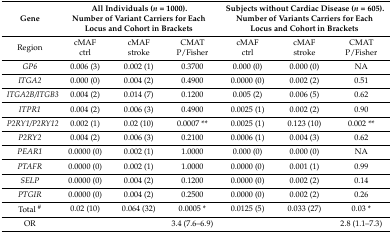
<table><thead><tr><td><b>Gene</b></td><td colspan="3"><b>All Individuals (<i>n</i> = 1000).Number of Variant Carriers for Each Locus and Cohort in Brackets</b></td><td colspan="3"><b>Subjects without Cardiac Disease (<i>n</i> = 605). Number of Variants Carriers for Each Locus and Cohort in Brackets</b></td></tr></thead><tbody><tr><td>Region</td><td>cMAF ctrl</td><td>cMAF stroke</td><td>CMAT P/Fisher</td><td>cMAF ctrl</td><td>cMAF stroke</td><td>CMAT P/Fisher</td></tr><tr><td><i>GP6</i></td><td>0.006 (3)</td><td>0.002 (1)</td><td>0.3700</td><td>0.000 (0)</td><td>0.000 (0)</td><td>NA</td></tr><tr><td><i>ITGA2</i></td><td>0.000 (0)</td><td>0.004 (2)</td><td>0.4900</td><td>0.0000 (0)</td><td>0.002 (2)</td><td>0.51</td></tr><tr><td><i>ITGA2B/ITGB3</i></td><td>0.004 (2)</td><td>0.014 (7)</td><td>0.1200</td><td>0.005 (2)</td><td>0.006 (5)</td><td>0.62</td></tr><tr><td><i>ITPR1</i></td><td>0.004 (2)</td><td>0.006 (3)</td><td>0.4900</td><td>0.0025 (1)</td><td>0.002 (2)</td><td>0.90</td></tr><tr><td><i>P2RY1/P2RY12</i></td><td>0.002 (1)</td><td>0.02 (10)</td><td>0.0007 **</td><td>0.0025 (1)</td><td>0.123 (10)</td><td>0.002 **</td></tr><tr><td><i>P2RY2</i></td><td>0.004 (2)</td><td>0.006 (3)</td><td>0.2100</td><td>0.0006 (1)</td><td>0.004 (3)</td><td>0.62</td></tr><tr><td><i>PEAR1</i></td><td>0.0000 (0)</td><td>0.002 (1)</td><td>1.0000</td><td>0.000 (0)</td><td>0.000 (0)</td><td>NA</td></tr><tr><td><i>PTAFR</i></td><td>0.0000 (0)</td><td>0.002 (1)</td><td>1.0000</td><td>0.0000 (0)</td><td>0.001 (1)</td><td>0.99</td></tr><tr><td><i>SELP</i></td><td>0.0000 (0)</td><td>0.004 (2)</td><td>0.1200</td><td>0.0000 (0)</td><td>0.002 (2)</td><td>0.14</td></tr><tr><td><i>PTGIR</i></td><td>0.0000 (0)</td><td>0.004 (2)</td><td>0.2500</td><td>0.0000 (0)</td><td>0.002 (2)</td><td>0.26</td></tr><tr><td>Total <sup>#</sup></td><td>0.02 (10)</td><td>0.064 (32)</td><td>0.0005 *</td><td>0.0125 (5)</td><td>0.033 (27)</td><td>0.03 *</td></tr><tr><td>OR</td><td colspan="2"></td><td>3.4 (7.6–6.9)</td><td colspan="2"></td><td>2.8 (1.1–7.3)</td></tr></tbody></table>